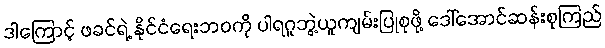
ဒါကြောင့် ဖခင်ရဲ့ နိုင်ငံရေးဘဝကို ပါရဂူဘွဲ့ယူကျမ်းပြုစုဖို့ ဒေါ်အောင်ဆန်းစုကြည်